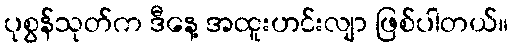
ပုစွန်သုတ်က ဒီနေ့ အထူးဟင်းလျာ ဖြစ်ပါတယ်။